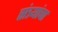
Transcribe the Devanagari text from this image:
संत्र्यांचा